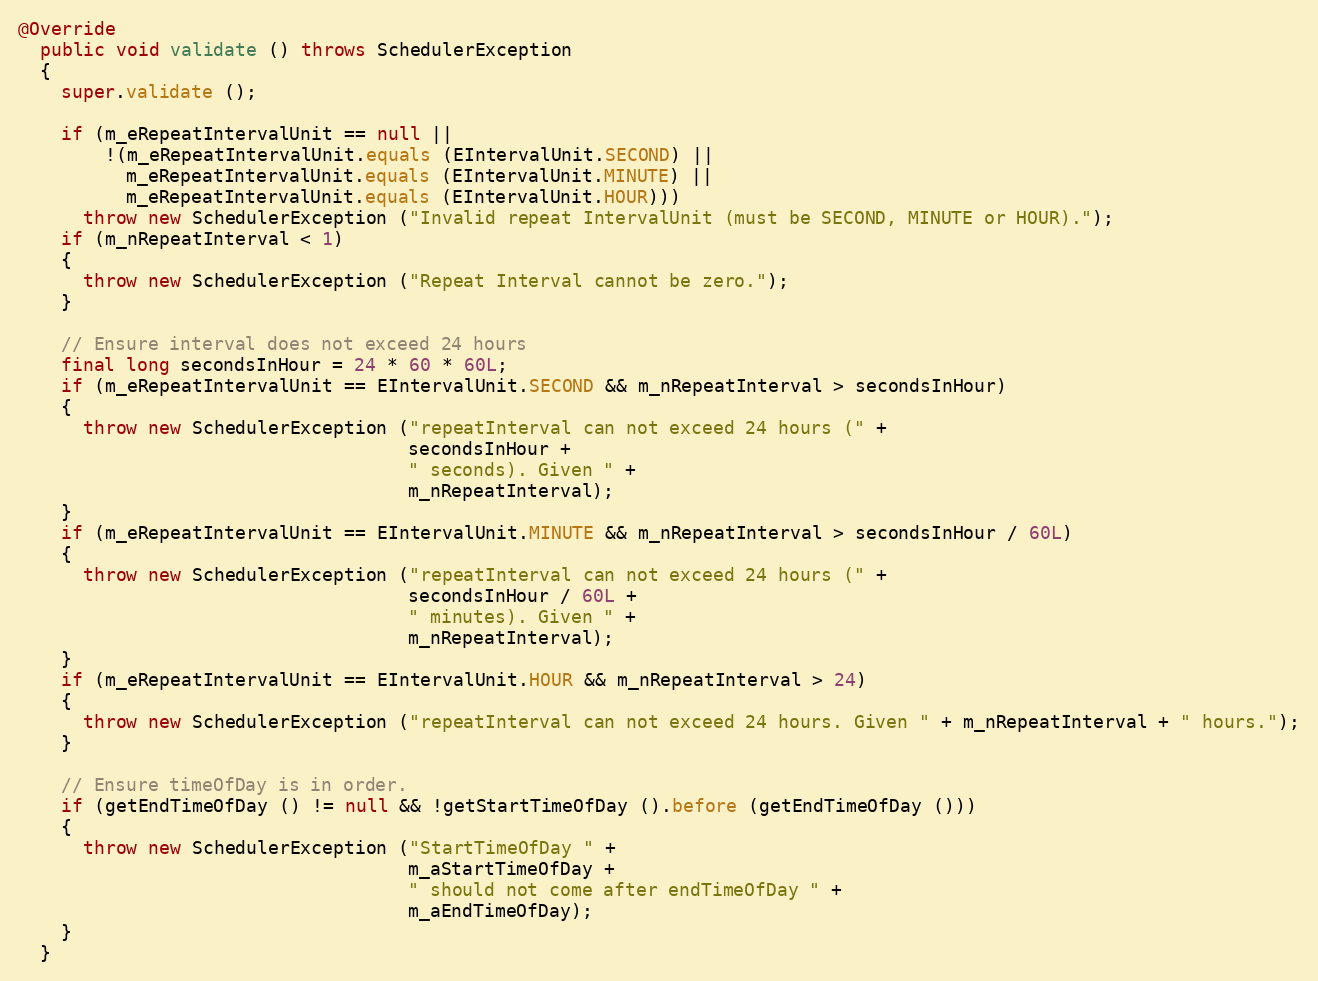
Language: Java
@Override
  public void validate () throws SchedulerException
  {
    super.validate ();

    if (m_eRepeatIntervalUnit == null ||
        !(m_eRepeatIntervalUnit.equals (EIntervalUnit.SECOND) ||
          m_eRepeatIntervalUnit.equals (EIntervalUnit.MINUTE) ||
          m_eRepeatIntervalUnit.equals (EIntervalUnit.HOUR)))
      throw new SchedulerException ("Invalid repeat IntervalUnit (must be SECOND, MINUTE or HOUR).");
    if (m_nRepeatInterval < 1)
    {
      throw new SchedulerException ("Repeat Interval cannot be zero.");
    }

    // Ensure interval does not exceed 24 hours
    final long secondsInHour = 24 * 60 * 60L;
    if (m_eRepeatIntervalUnit == EIntervalUnit.SECOND && m_nRepeatInterval > secondsInHour)
    {
      throw new SchedulerException ("repeatInterval can not exceed 24 hours (" +
                                    secondsInHour +
                                    " seconds). Given " +
                                    m_nRepeatInterval);
    }
    if (m_eRepeatIntervalUnit == EIntervalUnit.MINUTE && m_nRepeatInterval > secondsInHour / 60L)
    {
      throw new SchedulerException ("repeatInterval can not exceed 24 hours (" +
                                    secondsInHour / 60L +
                                    " minutes). Given " +
                                    m_nRepeatInterval);
    }
    if (m_eRepeatIntervalUnit == EIntervalUnit.HOUR && m_nRepeatInterval > 24)
    {
      throw new SchedulerException ("repeatInterval can not exceed 24 hours. Given " + m_nRepeatInterval + " hours.");
    }

    // Ensure timeOfDay is in order.
    if (getEndTimeOfDay () != null && !getStartTimeOfDay ().before (getEndTimeOfDay ()))
    {
      throw new SchedulerException ("StartTimeOfDay " +
                                    m_aStartTimeOfDay +
                                    " should not come after endTimeOfDay " +
                                    m_aEndTimeOfDay);
    }
  }